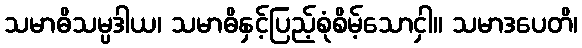
သမာဓိသမ္ပဒါယ၊ သမာဓိနှင့်ပြည့်စုံစိမ့်သောငှါ။ သမာဒပေတိ၊